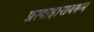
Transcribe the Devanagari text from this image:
प्रत्याहारावरून